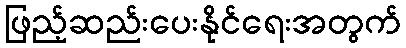
ဖြည့်ဆည်းပေးနိုင်ရေးအတွက်